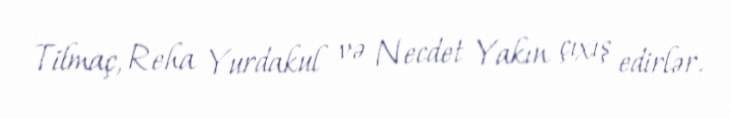
Tilmaç, Reha Yurdakul və Necdet Yakın çıxış edirlər.